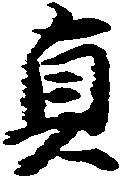
貞